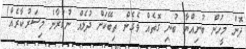
ދޮން މީހުން ބުނިއްޔާ ބުނި ގޮތެއް ވެގެން ތިބޭކަށް ދުލެއް ނުކުރާނެ މިސަރުކާރެއް!